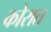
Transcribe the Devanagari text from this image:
कोरात